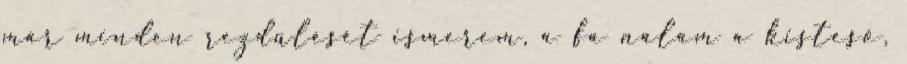
már minden rezdülését ismerem, a fa nálam a kistesó,